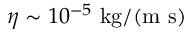
\eta \sim 1 0 ^ { - 5 } ~ \mathrm { k g / ( m ~ s ) }